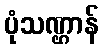
ပုံသဏ္ဌာန်